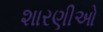
શારણીઓ